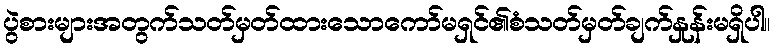
ပွဲစားများအတွက်သတ်မှတ်ထားသောကော်မရှင်၏စံသတ်မှတ်ချက်နှုန်းမရှိပါ။